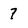
Character: 7